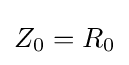
Z_{0}=R_{0}\,\!